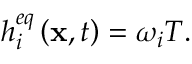
h _ { i } ^ { e q } \left( { { \bf { x } } , t } \right) = { \omega _ { i } } T .